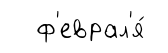
ф'еврал'я́